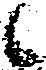
候